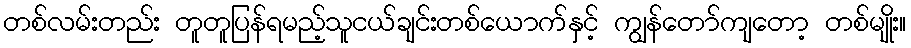
တစ်လမ်းတည်း တူတူပြန်ရမည့်သူငယ်ချင်းတစ်ယောက်နှင့် ကျွန်တော်ကျတော့ တစ်မျိုး။